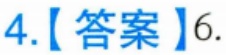
4.【答案】6.